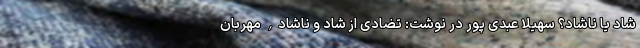
شاد یا ناشاد؟ سهیلا عبدی پور در نوشت: تضادی از شاد و ناشاد, مهربان